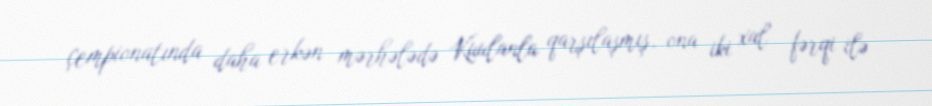
çempionatında daha erkən mərhələdə Kuulanla qarşılaşmış, ona iki xal fərqi ilə